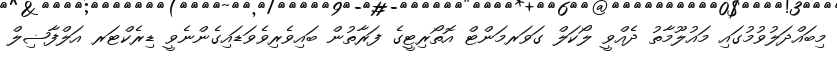
މިބައްދަލުވުމުގައި މައުލޫމާތު ދެއްވީ ލޯކަލް ގަވަރމަންޓް އޮތޯރިޓީގެ ފަރާތުން ބައިވެރިވެވަޑައިގެންނެވީ ޑިރެކްޓަރ އަލްފާޟިލް